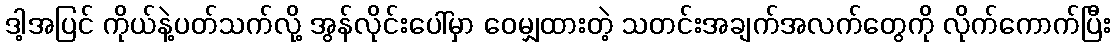
ဒါ့အပြင် ကိုယ်နဲ့ပတ်သက်လို့ အွန်လိုင်းပေါ်မှာ ဝေမျှထားတဲ့ သတင်းအချက်အလက်တွေကို လိုက်ကောက်ပြီး